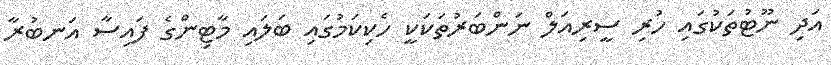
އަދި ނޫޓުތަކުގައި ހުރި ސީރިއަލް ނަންބަރުތަކަކީ ހެކިކަމުގައި ބަލައި މާޓިންގެ ފައިސާ އަނބުރާ